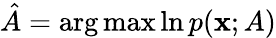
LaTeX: {\hat{A}}=\arg\operatorname*{max}\ln p(\mathbf{x};A)